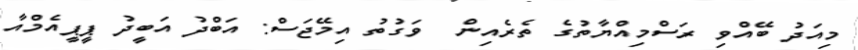
މިއަދު ބޭއްވި ރަސްމިއްޔާތުގެ ތެރެއިން  ވަގުތު އިމޭޖަސް: އަބްދު އަބީދު ޕީޕީއެމްއާ